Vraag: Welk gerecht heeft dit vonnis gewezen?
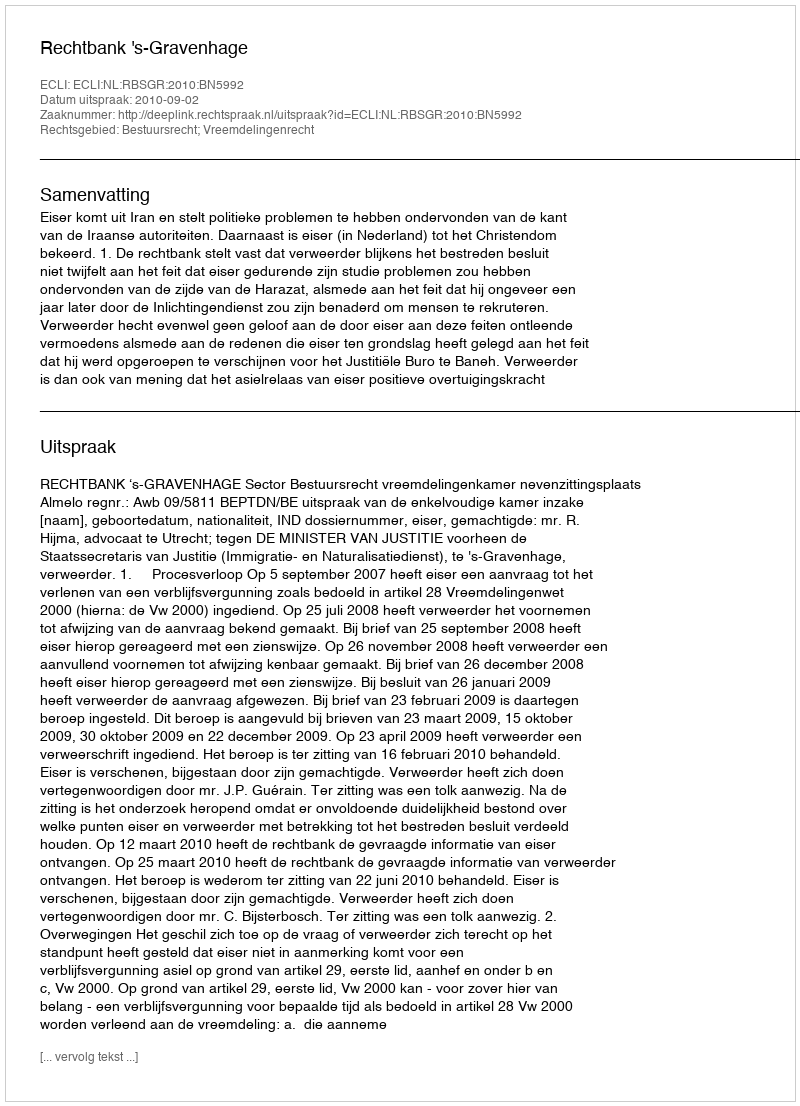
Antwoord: Rechtbank 's-Gravenhage